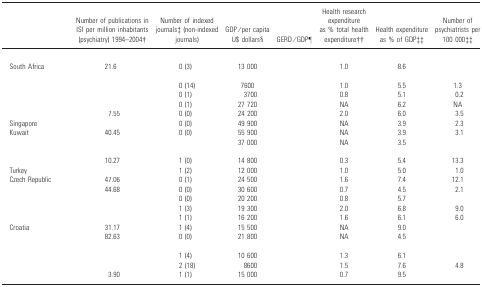
<table><thead><tr><td>[EMPTY_CELL]</td><td><b>Number of publications in ISI per million inhabitants (psychiatry) 1994–2004†</b></td><td><b>Number of indexed journals‡ (non-indexed journals)</b></td><td><b>GDP/per capita U$ dollars§</b></td><td><b>GERD/GDP¶</b></td><td><b>Health research expenditure as % total health expenditure††</b></td><td><b>Health expenditure as % of GDP‡‡</b></td><td><b>Number of psychiatrists per 100 000‡‡</b></td></tr></thead><tbody><tr><td colspan="8">[EMPTY_CELL]</td></tr><tr><td> South Africa</td><td>21.6</td><td>0 (3)</td><td>13 000</td><td>[EMPTY_CELL]</td><td>1.0</td><td>8.6</td><td>[EMPTY_CELL]</td></tr><tr><td colspan="8">[EMPTY_CELL]</td></tr><tr><td>[EMPTY_CELL]</td><td>[EMPTY_CELL]</td><td>0 (14)</td><td>7600</td><td>[EMPTY_CELL]</td><td>1.0</td><td>5.5</td><td>1.3</td></tr><tr><td>[EMPTY_CELL]</td><td>[EMPTY_CELL]</td><td>0 (1)</td><td>3700</td><td>[EMPTY_CELL]</td><td>0.8</td><td>5.1</td><td>0.2</td></tr><tr><td>[EMPTY_CELL]</td><td>[EMPTY_CELL]</td><td>0 (1)</td><td>27 720</td><td>[EMPTY_CELL]</td><td>NA</td><td>6.2</td><td>NA</td></tr><tr><td>[EMPTY_CELL]</td><td>7.55</td><td>0 (0)</td><td>24 200</td><td>[EMPTY_CELL]</td><td>2.0</td><td>6.0</td><td>3.5</td></tr><tr><td> Singapore</td><td>[EMPTY_CELL]</td><td>0 (0)</td><td>49 900</td><td>[EMPTY_CELL]</td><td>NA</td><td>3.9</td><td>2.3</td></tr><tr><td> Kuwait</td><td>40.45</td><td>0 (0)</td><td>55 900</td><td>[EMPTY_CELL]</td><td>NA</td><td>3.9</td><td>3.1</td></tr><tr><td>[EMPTY_CELL]</td><td>[EMPTY_CELL]</td><td>[EMPTY_CELL]</td><td>37 000</td><td>[EMPTY_CELL]</td><td>NA</td><td>3.5</td><td>[EMPTY_CELL]</td></tr><tr><td colspan="8">[EMPTY_CELL]</td></tr><tr><td>[EMPTY_CELL]</td><td>10.27</td><td>1 (0)</td><td>14 800</td><td>[EMPTY_CELL]</td><td>0.3</td><td>5.4</td><td>13.3</td></tr><tr><td> Turkey</td><td>[EMPTY_CELL]</td><td>1 (2)</td><td>12 000</td><td>[EMPTY_CELL]</td><td>1.0</td><td>5.0</td><td>1.0</td></tr><tr><td> Czech Republic</td><td>47.06</td><td>0 (1)</td><td>24 500</td><td>[EMPTY_CELL]</td><td>1.6</td><td>7.4</td><td>12.1</td></tr><tr><td>[EMPTY_CELL]</td><td>44.68</td><td>0 (0)</td><td>30 600</td><td>[EMPTY_CELL]</td><td>0.7</td><td>4.5</td><td>2.1</td></tr><tr><td>[EMPTY_CELL]</td><td>[EMPTY_CELL]</td><td>0 (0)</td><td>20 200</td><td>[EMPTY_CELL]</td><td>0.8</td><td>5.7</td><td>[EMPTY_CELL]</td></tr><tr><td>[EMPTY_CELL]</td><td>[EMPTY_CELL]</td><td>1 (3)</td><td>19 300</td><td>[EMPTY_CELL]</td><td>2.0</td><td>6.8</td><td>9.0</td></tr><tr><td>[EMPTY_CELL]</td><td>[EMPTY_CELL]</td><td>1 (1)</td><td>16 200</td><td>[EMPTY_CELL]</td><td>1.6</td><td>6.1</td><td>6.0</td></tr><tr><td> Croatia</td><td>31.17</td><td>1 (4)</td><td>15 500</td><td>[EMPTY_CELL]</td><td>NA</td><td>9.0</td><td>[EMPTY_CELL]</td></tr><tr><td>[EMPTY_CELL]</td><td>82.63</td><td>0 (0)</td><td>21 800</td><td>[EMPTY_CELL]</td><td>NA</td><td>4.5</td><td>[EMPTY_CELL]</td></tr><tr><td colspan="8">[EMPTY_CELL]</td></tr><tr><td>[EMPTY_CELL]</td><td>[EMPTY_CELL]</td><td>1 (4)</td><td>10 600</td><td>[EMPTY_CELL]</td><td>1.3</td><td>6.1</td><td>[EMPTY_CELL]</td></tr><tr><td>[EMPTY_CELL]</td><td>[EMPTY_CELL]</td><td>2 (18)</td><td>8600</td><td>[EMPTY_CELL]</td><td>1.5</td><td>7.6</td><td>4.8</td></tr><tr><td>[EMPTY_CELL]</td><td>3.90</td><td>1 (1)</td><td>15 000</td><td>[EMPTY_CELL]</td><td>0.7</td><td>9.5</td><td>[EMPTY_CELL]</td></tr></tbody></table>